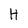
Character: H